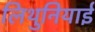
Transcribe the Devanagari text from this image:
लिथुनियाई